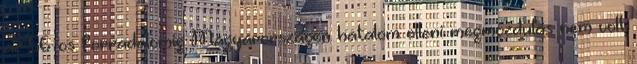
az 56-os forradalomig Magyarországon hatalom elleni megmozdulás nem volt